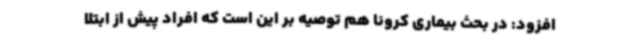
افزود: در بحث بیماری کرونا هم توصیه بر این است که افراد پیش از ابتلا